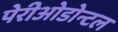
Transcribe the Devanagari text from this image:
पेरीओडोन्टल